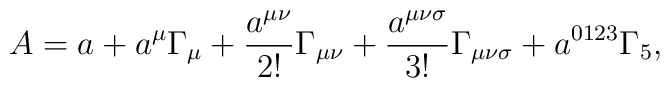
A = a + a^{\mu}\Gamma_{\mu} + \frac{a^{\mu\nu}}{2!}\Gamma_{\mu\nu} +\frac{a^{\mu\nu\sigma}}{3!}\Gamma_{\mu\nu\sigma} + a^{0123}\Gamma_5  ,